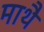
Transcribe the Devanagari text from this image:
माथै